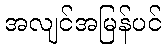
အလျင်အမြန်ပင်